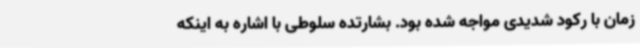
زمان با رکود شدیدی مواجه شده بود. بشارتده سلوطی با اشاره به اینکه